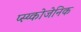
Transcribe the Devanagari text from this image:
प्स्य्कोजेनिक